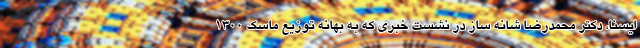
ایسنا، دکتر محمدرضا شانه ساز در نشست خبری که به بهانه توزیع ماسک ۱۳۰۰